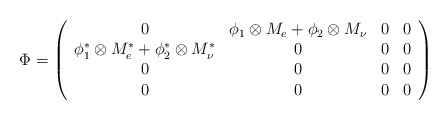
\begin{align*}\Phi = \left( \begin{array}{cccc}0 & \phi _1 \otimes M_e + \phi _2 \otimes M_{\nu} &0 &0 \\ \phi^* _1 \otimes M^*_e + \phi^* _2 \otimes M^*_{\nu} & 0&0&0 \\0&0&0&0 \\0&0&0&0 \end{array} \right)\end{align*}